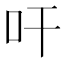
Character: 𭆺